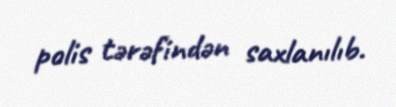
polis tərəfindən saxlanılıb.